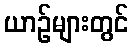
ယာဉ်များတွင်